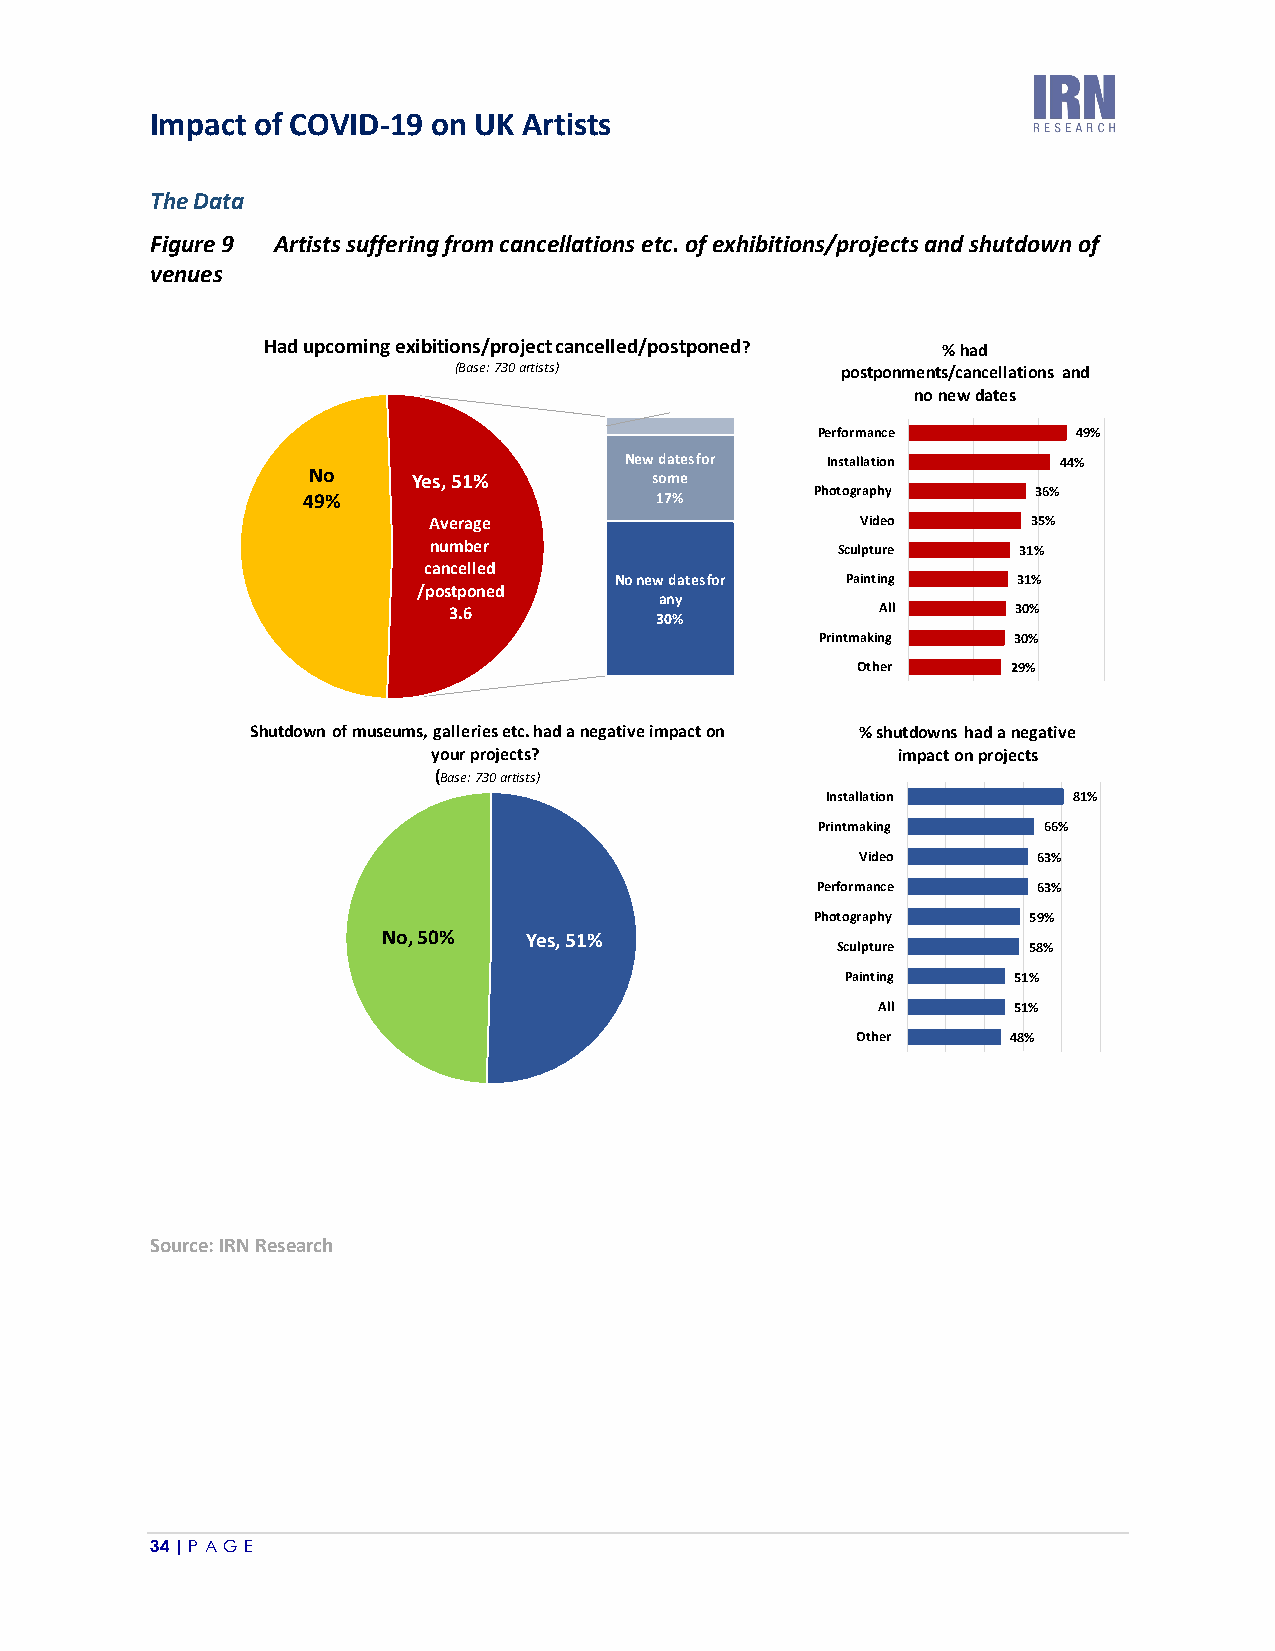
Impact of COVID-19 on UK Artists
 The Data
 Figure 9 Artists suffering from cancellations etc. of exhibitions/projects and shutdown of
 venues
 Source: IRN Research
 34 | P A GE
 S
 H
 h u
 a
 t
 d u p
 N4
 9
 d o w n
 c
 o%
 o
 o
 m
 f m
 in
 u
 g
 s e
 N
 e x ib it io n s / p r o je c t c a(B
 a se : 7 3 0 a rtists)
 Y e s , 5 1 %
 A v e r a g en
 u m b e r
 c a n c e lle d/
 p o s t p o n e d3
 .6
 u m s , g a lle r ie s e t c . h a d ay
 o u r p r o je c t s ?(B
 a se : 7 3 0 a rtists)
 o , 5 0 % Y e s , 5
 n c e lle
 N
 N
 n e g a t
 1 %
 d / p o s t p o n e d
 e w d a te s fo r a ll
 4 %
 N e w d a te s fo r
 s o m e1
 7 %
 o n e w d a te s fo r
 a n y3
 0 %
 iv e im p a c t o n
 ?
 O th e r 2 9 %
 % h a d P rin tm a k in g 3 0 %A
 ll    3 0 %p o s t p o n m e n t s / c a n c e lla t io n s a n d
 P a in tin g 3 1 %n o n e w d a t e sS
 c u lp tu re 3 1 %V
 id e o 3 5 %P
 e rfo rm a n c e 4 9 %P
 h o to g ra p h y 3 6 %In
 sta lla tio n 4 4 %In sta lla tio n 4 4 %P
 e rfo rm a n c e 4 9 %P
 h o to g ra p h y 3 6 %
 V id e o   3 5 %
 S cu lp tu re 3 1 %
 P a in tin g 3 1 %
 A ll     3 0 %
 P rin tm a k in g 3 0 %
 O th e r  2 9 %
 0 % 2 0 % 4 0 % 6
 % s h u t d o w n s h a d a n e g a t iv e
 im p a c t o n p r o je c t s
 In sta lla tio n 8 1 %
 P rin tm a k in g 6 6 %
 V id e o    6 3 %
 P e rfo rm a n c e 6 3 %
 P h o to g ra p h y 5 9 %
 S cu lp tu re 5 8 %
 P a in tin g 5 1 %
 A ll     5 1 %
 O th e r  4 8 %
 0 % 2 0 % 4 0 % 6 0 % 8 0 % 1 0
 0
 0
 %
 %